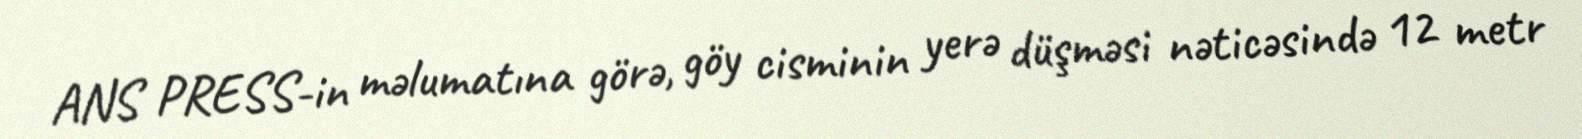
ANS PRESS-in məlumatına görə, göy cisminin yerə düşməsi nəticəsində 12 metr